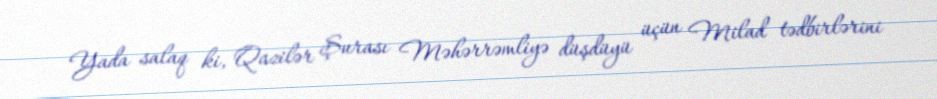
Yada salaq ki, Qazilər Şurası Məhərrəmliyə düşdüyü üçün Milad tədbirlərini